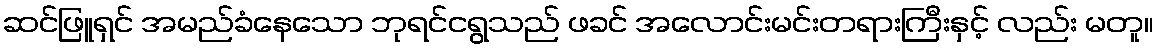
ဆင်ဖြူရှင် အမည်ခံနေသော ဘုရင်ငရွသည် ဖခင် အလောင်းမင်းတရားကြီးနှင့် လည်း မတူ။